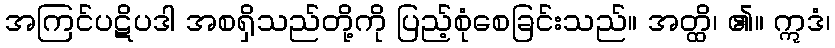
အကြင်ပဋိပဒါ အစရှိသည်တို့ကို ပြည့်စုံစေခြင်းသည်။ အတ္ထိ၊ ၏။ ဣဒံ၊